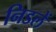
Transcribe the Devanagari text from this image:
निडलें